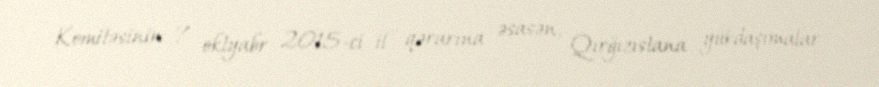
Komitəsinin 7 oktyabr 2015-ci il qərarına əsasən, Qırğızıstana yükdaşımalar